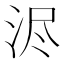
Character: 浕